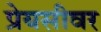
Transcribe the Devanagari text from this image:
प्रेयसीवर